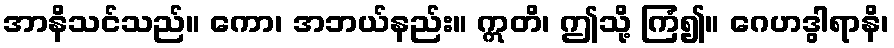
အာနိသင်သည်။ ကော၊ အဘယ်နည်း။ ဣတိ၊ ဤသို့ ကြံ၍။ ဂေဟဒွါရာနိ၊